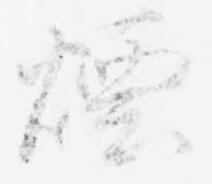
煙